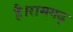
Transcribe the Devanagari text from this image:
है।रामगढ़